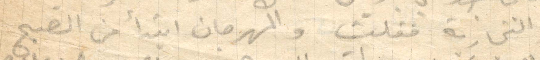
والتجارية فقلت والمهرجان ابتدأ من الصبح